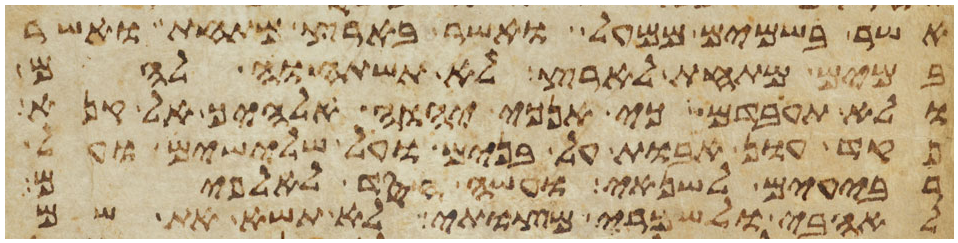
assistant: אשר בשמים ממעל ואשר בארץ מתחת ואשר
במים מתחת לארץ לא תשתחוה להם
ולא תעבדם כי אנכי יהוה אלהיך אל קנא
פקד עון אבות על בנים על שלישים ועל
רביעים לשנאי ועשה חסד לאלפים
לאהבי ולשמרי מצותי לא תשא את שם